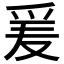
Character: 𱬼